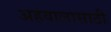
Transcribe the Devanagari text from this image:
अहवालासाठी